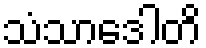
သံသာဒေါတိ